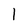
Character: 1